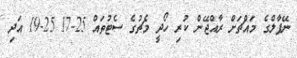
ނޭޕާލްގެ މައްޗަށް ރާއްޖޭން ކުރި ހޯދީ މެޗުގެ ސެޓުތައް 25-17 25-19 އަދި